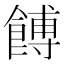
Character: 餺